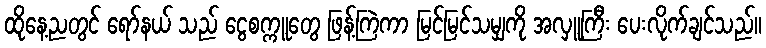
ထိုနေ့ညတွင် ရော်နယ် သည် ငွေစက္ကူတွေ ဖြန့်ကြဲကာ မြင်မြင်သမျှကို အလှူကြီး ပေးလိုက်ချင်သည်။